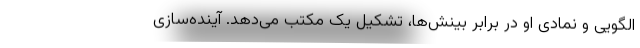
الگویی و نمادی او در برابر بینش‌ها، تشکیل یک مکتب می‌دهد. آینده‌سازی